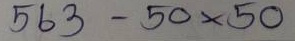
563 - 50 x 50